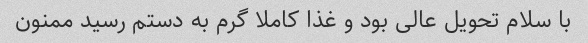
با سلام تحویل عالی بود و غذا کاملا گرم به دستم رسید ممنون